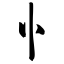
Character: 忄